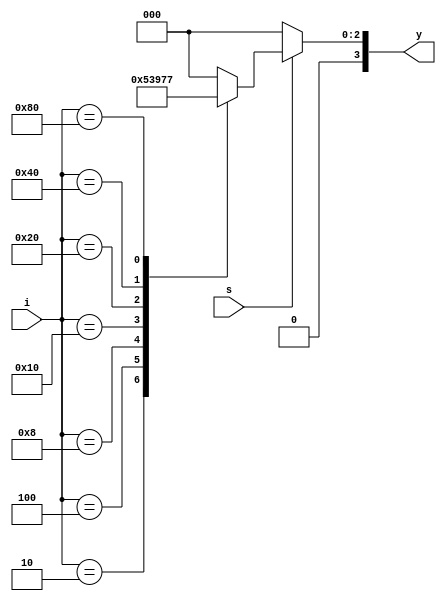
`timescale 1ns / 1ps
//////////////////////////////////////////////////////////////////////////////////
// Company: 
// Engineer: 
// 
// Design Name: 
// Module Name: enc_8x3
// Project Name: 
// Target Devices: 
// Tool Versions: 
// Description: 
// 
// Dependencies: 
// 
// Revision:
// Revision 0.01 - File Created
// Additional Comments:
// 
//////////////////////////////////////////////////////////////////////////////////


module enc_8x3(y,i,s);


input wire [7:0]i;
input s;

output [3:0] y;
reg [3:0] temp;

always @(*)
begin
if(s==1'b1)
begin
case(i)
8'b00000001:  temp = 3'b000;
8'b00000010:  temp = 3'b001;
8'b00000100:  temp = 3'b010;
8'b00001000:  temp = 3'b011;
8'b00010000:  temp = 3'b100;
8'b00100000:  temp = 3'b101;
8'b01000000:  temp = 3'b110;
8'b10000000:  temp = 3'b111;
default: temp=3'b000;
endcase

end

else
temp=3'b000;
end
assign y=temp;
endmodule